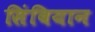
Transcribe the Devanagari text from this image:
सिंबियान